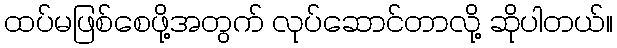
ထပ်မဖြစ်စေဖို့အတွက် လုပ်ဆောင်တာလို့ ဆိုပါတယ်။